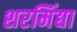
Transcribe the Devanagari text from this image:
शरमिंद्या